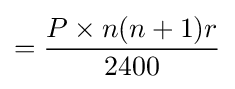
={\frac {P\times n(n+1)r}{2400}}